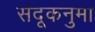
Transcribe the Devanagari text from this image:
संदूकनुमा